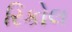
રિકોલ